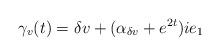
LaTeX: \begin{align*}\gamma_v(t) = \delta v + (\alpha_{\delta v} + e^{2t})i e_1\end{align*}